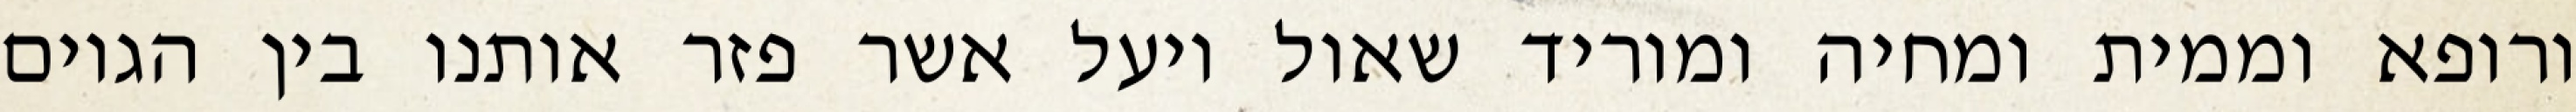
ורופא וממית ומחיה ומוריד שאול ויעל אשר פזר אותנו בין הגוים